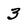
Character: 3